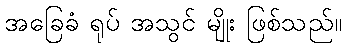
အခြေခံ ရုပ် အသွင် မျိုး ဖြစ်သည်။